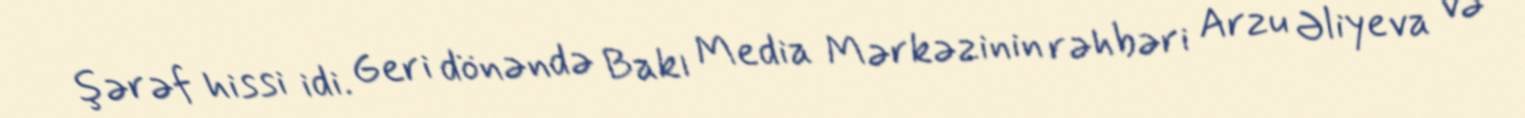
şərəf hissi idi. Geri dönəndə Bakı Media Mərkəzinin rəhbəri Arzu Əliyeva və